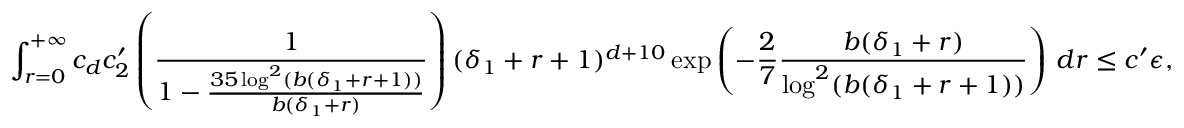
\int _ { r = 0 } ^ { + \infty } c _ { d } c _ { 2 } ^ { \prime } \left( \frac { 1 } { 1 - \frac { 3 5 \log ^ { 2 } ( b ( \delta _ { 1 } + r + 1 ) ) } { b ( \delta _ { 1 } + r ) } } \right) ( \delta _ { 1 } + r + 1 ) ^ { d + 1 0 } \exp \left( - \frac { 2 } { 7 } \frac { b ( \delta _ { 1 } + r ) } { \log ^ { 2 } ( b ( \delta _ { 1 } + r + 1 ) ) } \right) \, d r \leq c ^ { \prime } \epsilon ,